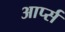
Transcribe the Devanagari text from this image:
आर्प्स